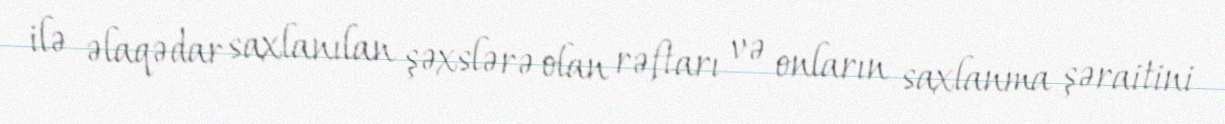
ilə əlaqədar saxlanılan şəxslərə olan rəftarı və onların saxlanma şəraitini